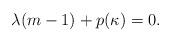
LaTeX: \begin{align*}\lambda(m-1)+p(\kappa)=0.\end{align*}